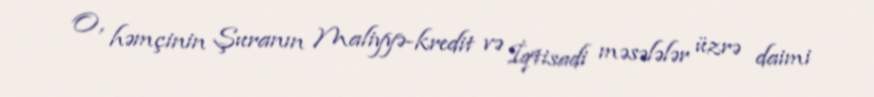
O, həmçinin Şuranın Maliyyə-kredit və İqtisadi məsələlər üzrə daimi